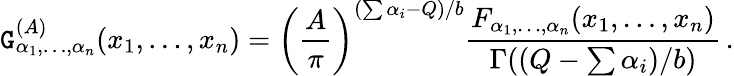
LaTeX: {\cal\mathtt{G}}_{\alpha_{1},\ldots,\alpha_{n}}^{(A)}(x_{1},\ldots,x_{n})=\left({\frac{{A}}{{\pi}}}\right)^{(\sum\alpha_{i}-Q)/b}{\frac{{F_{\alpha_{1},\ldots,\alpha_{n}}(x_{1},\ldots,x_{n})}}{{\Gamma((Q-\sum\alpha_{i})/b)}}}\, .